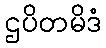
ဌပိတမိဒံ